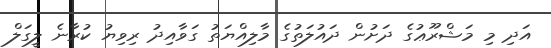
އަދި މި މަޝްރޫޢުގެ ދަށުން ދައުލަތުގެ މާލިއްޔަތު ގަވާއިދު ރިވިޔު ކުރާނެ ލީގަލް